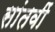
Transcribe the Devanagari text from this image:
सांतवीं